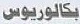
بكالوريوس